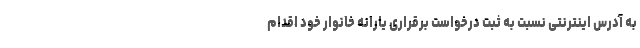
به آدرس اینترنتی نسبت به ثبت درخواست برقراری یارانه خانوار خود اقدام